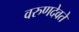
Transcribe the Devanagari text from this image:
वरुणदेवते